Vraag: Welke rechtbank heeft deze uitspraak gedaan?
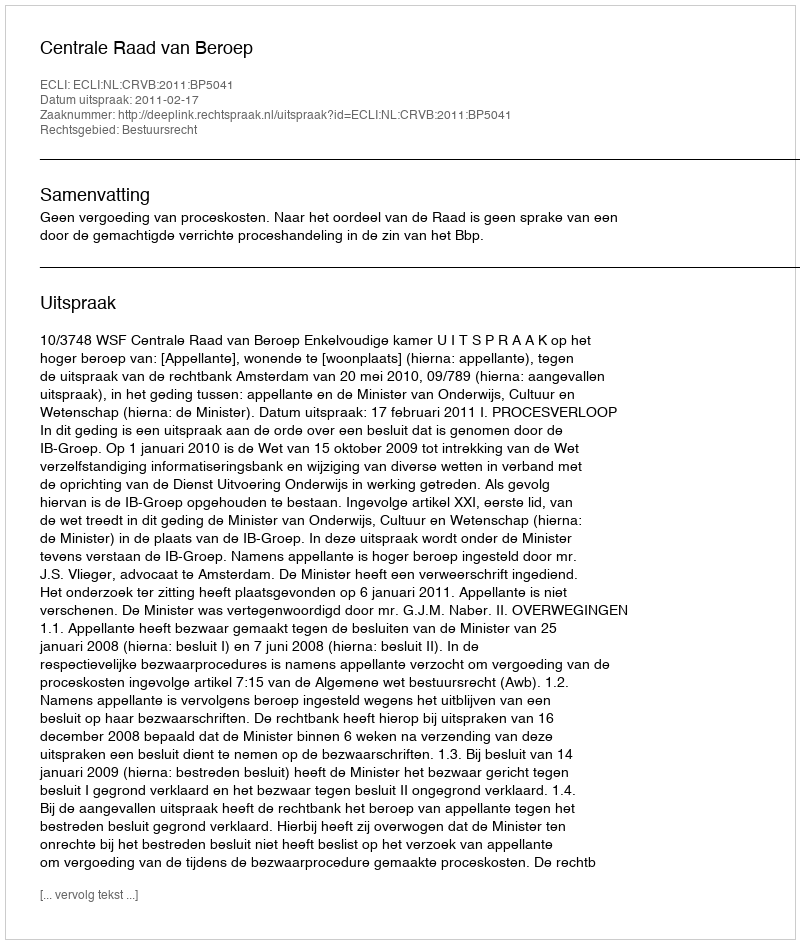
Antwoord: Centrale Raad van Beroep